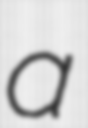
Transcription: a